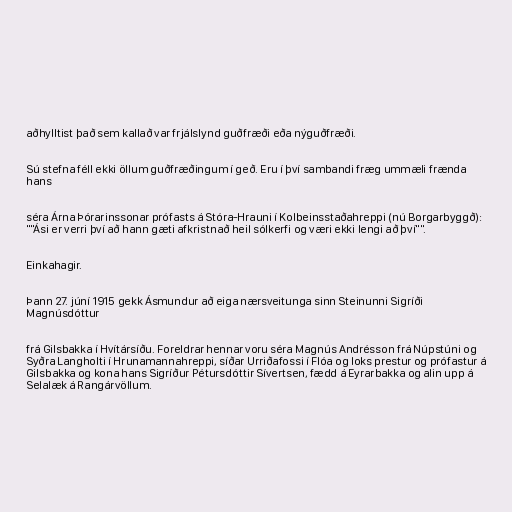
aðhylltist það sem kallað var frjálslynd guðfræði eða nýguðfræði.

Sú stefna féll ekki öllum guðfræðingum í geð. Eru í því sambandi fræg ummæli frænda
hans

séra Árna Þórarinssonar prófasts á Stóra-Hrauni í Kolbeinsstaðahreppi (nú Borgarbyggð):
""Ási er verri því að hann gæti afkristnað heil sólkerfi og væri ekki lengi að því"".

Einkahagir.

Þann 27. júní 1915 gekk Ásmundur að eiga nærsveitunga sinn Steinunni Sigríði
Magnúsdóttur

frá Gilsbakka í Hvítársíðu. Foreldrar hennar voru séra Magnús Andrésson frá Núpstúni og
Syðra Langholti í Hrunamannahreppi, síðar Urriðafossi í Flóa og loks prestur og prófastur á
Gilsbakka og kona hans Sigríður Pétursdóttir Sívertsen, fædd á Eyrarbakka og alin upp á
Selalæk á Rangárvöllum.